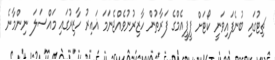
ޗިޓުގައި ބުނެފައިވަނީ ކޯޓަށް ޕީޕީއެމްގެ ފަރާތުން ހާޒިރުނުވެއްޖެނަމަ ޣައިރު ހާޒިރުގައި މައްސަލަ ނިންމާނެ